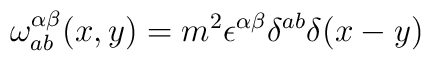
\omega^{\alpha\beta}_{ab}(x,y)=m^2\epsilon^{\alpha\beta}\delta^{ab}\delta(x-y)